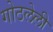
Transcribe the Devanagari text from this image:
गोठलेली